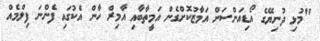
"މުޅި ދުނިޔޭގެ އޯޑިއަންސަށް އަމާޒުކޮށްގެން އަމީތާބާއި އާމިރް ހާން އެކުގައި ފެންނަ ފިލްމެއް